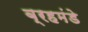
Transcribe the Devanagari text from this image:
ब्रहमंडे